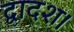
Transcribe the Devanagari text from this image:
द्वादश।